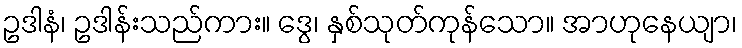
ဥဒါနံ၊ ဥဒါန်းသည်ကား။ ဒွေ၊ နှစ်သုတ်ကုန်သော။ အာဟုနေယျာ၊